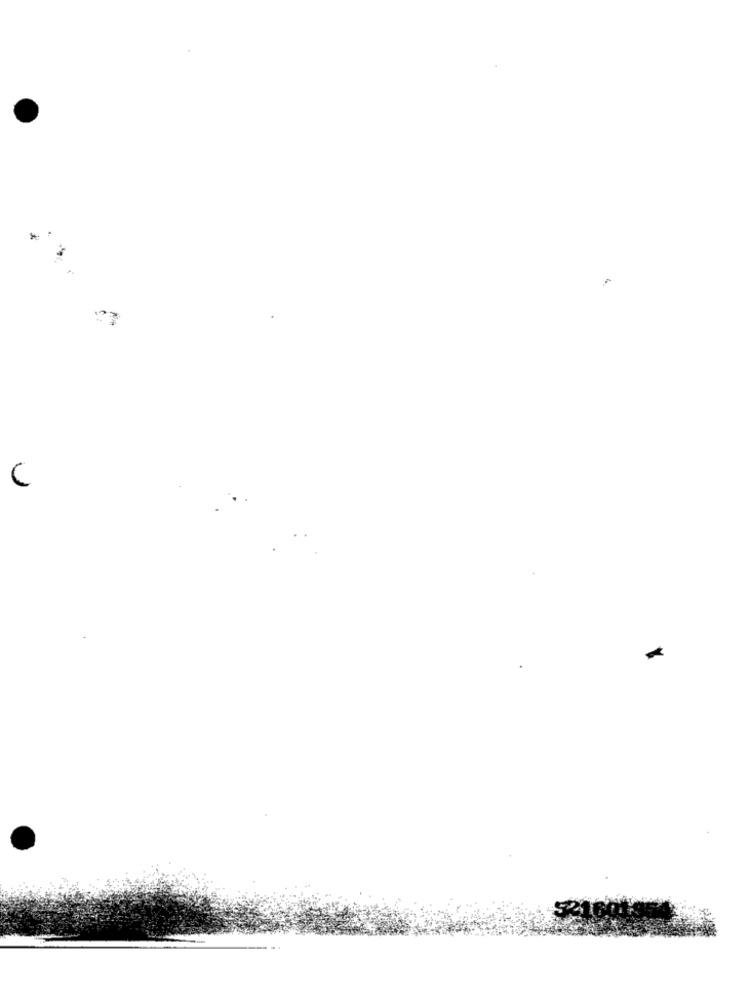
* .